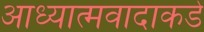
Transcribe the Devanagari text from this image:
आध्यात्मवादाकडे